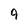
Character: 4